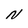
Character: N